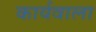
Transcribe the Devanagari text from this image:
कार्यवाला